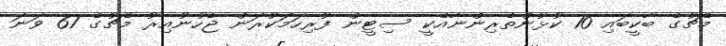
މެޗުގެ ބާކީބައި 10 ކުޅުންތެރިންނާއެކީ ސިޓީން ފުރިހަމަކުރަން ޖެހުނުއިރު މެޗުގެ 61 ވަނަ